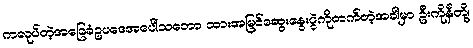
ကလုပ်တဲ့အခြေခံဥပဒေအပေါ်သဘော ထားအမြင်ဆွေးနွေးပွဲကိုတက်တဲ့အခါမှာ ဦးကိုနီတို့၊